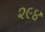
૨૯૪